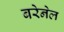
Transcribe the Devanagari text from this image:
बरेनेल